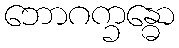
ဘောဂက္ခန္ဓော